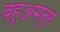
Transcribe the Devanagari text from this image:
वहुअसंतृप्त